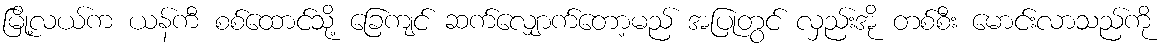
မြို့လယ်က ယန်ကီ စစ်ထောင်သို့ ခြေကျင် ဆက်လျှောက်တော့မည် အပြုတွင် လှည်းအို တစ်စီး မောင်းလာသည်ကို